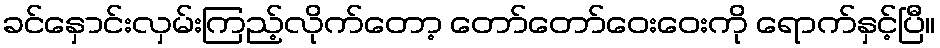
ခင်နှောင်းလှမ်းကြည့်လိုက်တော့ တော်တော်ဝေးဝေးကို ရောက်နှင့်ပြီ။